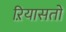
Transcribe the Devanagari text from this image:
ऱियासतों